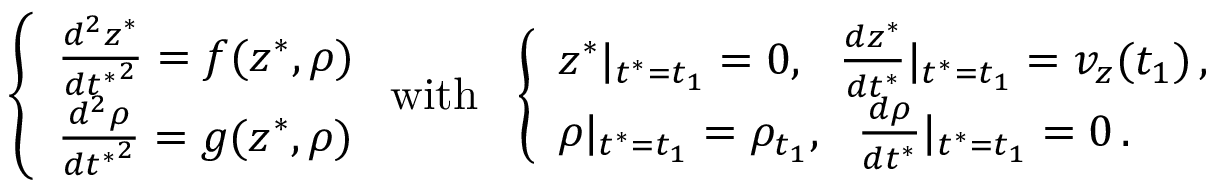
\left\{ \begin{array} { l l } { \frac { d ^ { 2 } z ^ { * } } { { d t ^ { * } } ^ { 2 } } = f ( z ^ { * } , \rho ) } \\ { \frac { d ^ { 2 } \rho } { { d t ^ { * } } ^ { 2 } } = g ( z ^ { * } , \rho ) } \end{array} \right. \mathrm { w i t h } \ \ \left\{ \begin{array} { l l } { z ^ { * } | _ { t ^ { * } = t _ { 1 } } = 0 , \ \ \frac { d z ^ { * } } { d t ^ { * } } | _ { t ^ { * } = t _ { 1 } } = v _ { z } ( t _ { 1 } ) \, , } \\ { \rho | _ { t ^ { * } = t _ { 1 } } = \rho _ { t _ { 1 } } , \ \ \frac { d \rho } { d t ^ { * } } | _ { t ^ { * } = t _ { 1 } } = 0 \, . } \end{array} \right.